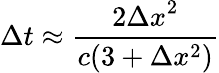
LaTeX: \Delta t\approx\frac{2{\Delta x}^{2}}{c(3+\Delta x^{2})}